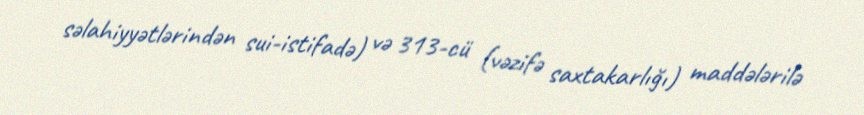
səlahiyyətlərindən sui-istifadə) və 313-cü (vəzifə saxtakarlığı) maddələrilə